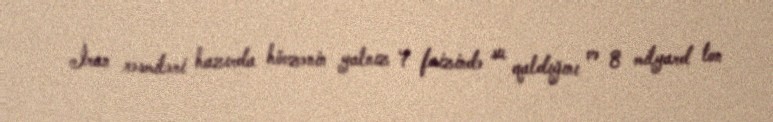
İran rəsmiləri hazırda hövzənin yalnız 7 faizində su qaldığını və 8 milyard ton